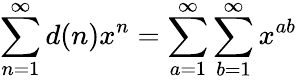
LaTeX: \sum_{n=1}^{\infty}d(n)x^{n}=\sum_{a=1}^{\infty}\sum_{b=1}^{\infty}x^{ab}